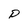
Character: D